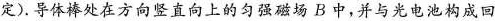
定)。导体棒处在方向竖直向上的匀强磁场B中，并与光电池构成回